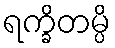
ရက္ခိတမ္ပိ